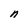
Character: n